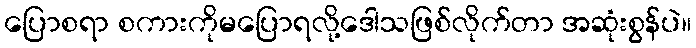
ပြောစရာ စကားကိုမပြောရလို့ဒေါသဖြစ်လိုက်တာ အဆုံးစွန်ပဲ။